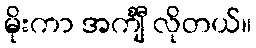
မိုးကာ အင်္ကျီ လိုတယ်။